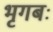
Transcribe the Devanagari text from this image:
भृगबः